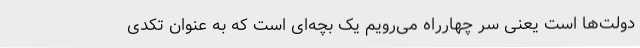
دولت‌ها است یعنی سر چهارراه می‌رویم یک بچه‌ای است که به عنوان تکدی